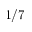
1 / 7